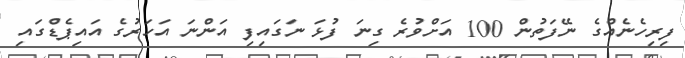
ފިރިހެނެއްގެ ނޭފަތުން 100 އަށްވުރެ ގިނަ ފުޅަ ނަގައިފި އަންނަ އަހަރުގެ އައިޕެޑްގައި